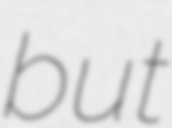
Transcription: but